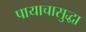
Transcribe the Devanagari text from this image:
पायाचासुद्धा